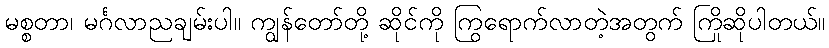
မစ္စတာ၊ မင်္ဂလာညချမ်းပါ။ ကျွန်တော်တို့ ဆိုင်ကို ကြွရောက်လာတဲ့အတွက် ကြိုဆိုပါတယ်။